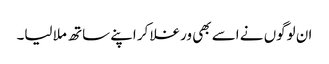
ان لوگوں نے اسے بھی ورغلا کر اپنے ساتھ ملا لیا۔